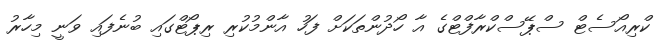
ކްރިއޯސެޓް ސްޕޭސްކްރާފްޓްގެ އާ ހޯދުންތަކަށް ފަހު އާންމުކުރި ރިޕޯޓްގައި ބުނެފައި ވަނީ މިހާރު